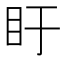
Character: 盱